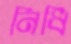
নিধি